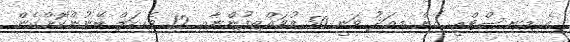
އެ މިނިސްޓްރީ އިން މިއަދު ވަނީ 50 މުވައްޒިފުންނާއި 12 ވެހިކަލް ބޭނުންކޮށްގެން